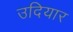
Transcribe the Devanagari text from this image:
उदियार